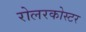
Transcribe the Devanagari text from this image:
रोलरकोस्टर